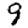
Digit: 9